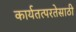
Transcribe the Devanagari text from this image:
कार्यतत्परतेसाठी